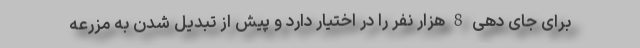
برای جای دهی 8 هزار نفر را در اختیار دارد و پیش از تبدیل شدن به مزرعه